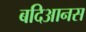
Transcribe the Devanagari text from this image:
बदिआनस